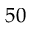
5 0